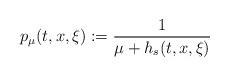
LaTeX: \begin{align*} p_{\mu}(t,x,\xi) := \frac{1}{\mu + h_s(t,x,\xi)}\end{align*}